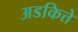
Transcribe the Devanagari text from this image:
अडकित्ते